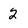
Character: 2